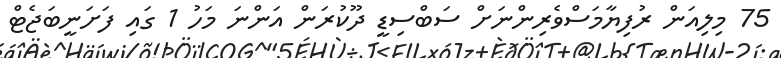
75 މިލިއަން ރުފިޔާމަސްވެރިންނަށް ސަބްސިޑީ ދޫކުރަން އަންނަ މަހު 1 ގައި ފަށަނީބަޖެޓް